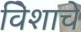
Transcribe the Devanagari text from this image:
विेशाचे